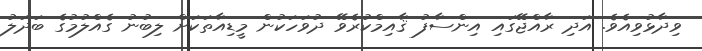
ވިދާޅުވިއެވެ. އަދި ރާއްޖޭގައި އިންސާފު ޤާއިމްކުރެވޭ ދުވަހަކުން މީޑިއާތަކަށް ލިބުނު ގެއްލުމުގެ ބަދަލު